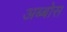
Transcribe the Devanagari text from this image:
अब्बोस